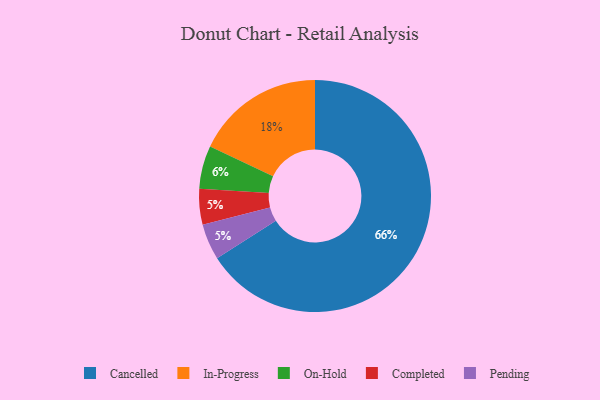
{"axis": {"x": "Category", "y": "Percentage"}, "legend": ["Cancelled", "Completed", "In-Progress", "On-Hold", "Pending"], "data": [{"x": "In-Progress", "y": 18, "type": "In-Progress"}, {"x": "On-Hold", "y": 6, "type": "On-Hold"}, {"x": "Completed", "y": 5, "type": "Completed"}, {"x": "Pending", "y": 5, "type": "Pending"}, {"x": "Cancelled", "y": 66, "type": "Cancelled"}]}